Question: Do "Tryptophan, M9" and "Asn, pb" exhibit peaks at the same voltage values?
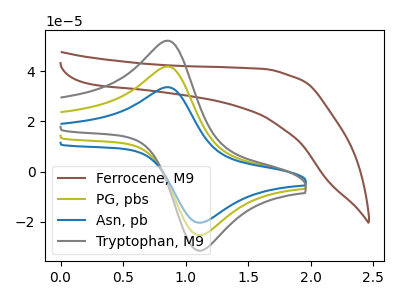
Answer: <think>The brown curve "Ferrocene, M9" has no peaks. The olive curve "PG, pbs" has an anodic peak at (0.85V, 41.90uA) and a cathodic peak at (1.15V, -25.20uA). The blue curve "Asn, pb" has an anodic peak at (0.85V, 33.65uA) and a cathodic peak at (1.15V, -20.25uA). The gray curve "Tryptophan, M9" has an anodic peak at (0.85V, 83.80uA) and a cathodic peak at (1.15V, -50.40uA).</think>
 <answer>Yes, "Tryptophan, M9" have a peak in "Asn, pb" at the same potential.</answer>
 <eval>match</eval>